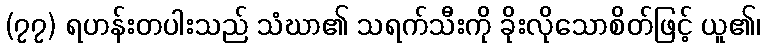
(၇၇) ရဟန်းတပါးသည် သံဃာ၏ သရက်သီးကို ခိုးလိုသောစိတ်ဖြင့် ယူ၏၊